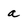
Character: a